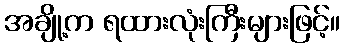
အချို့က ရထားလုံးကြီးများဖြင့်။